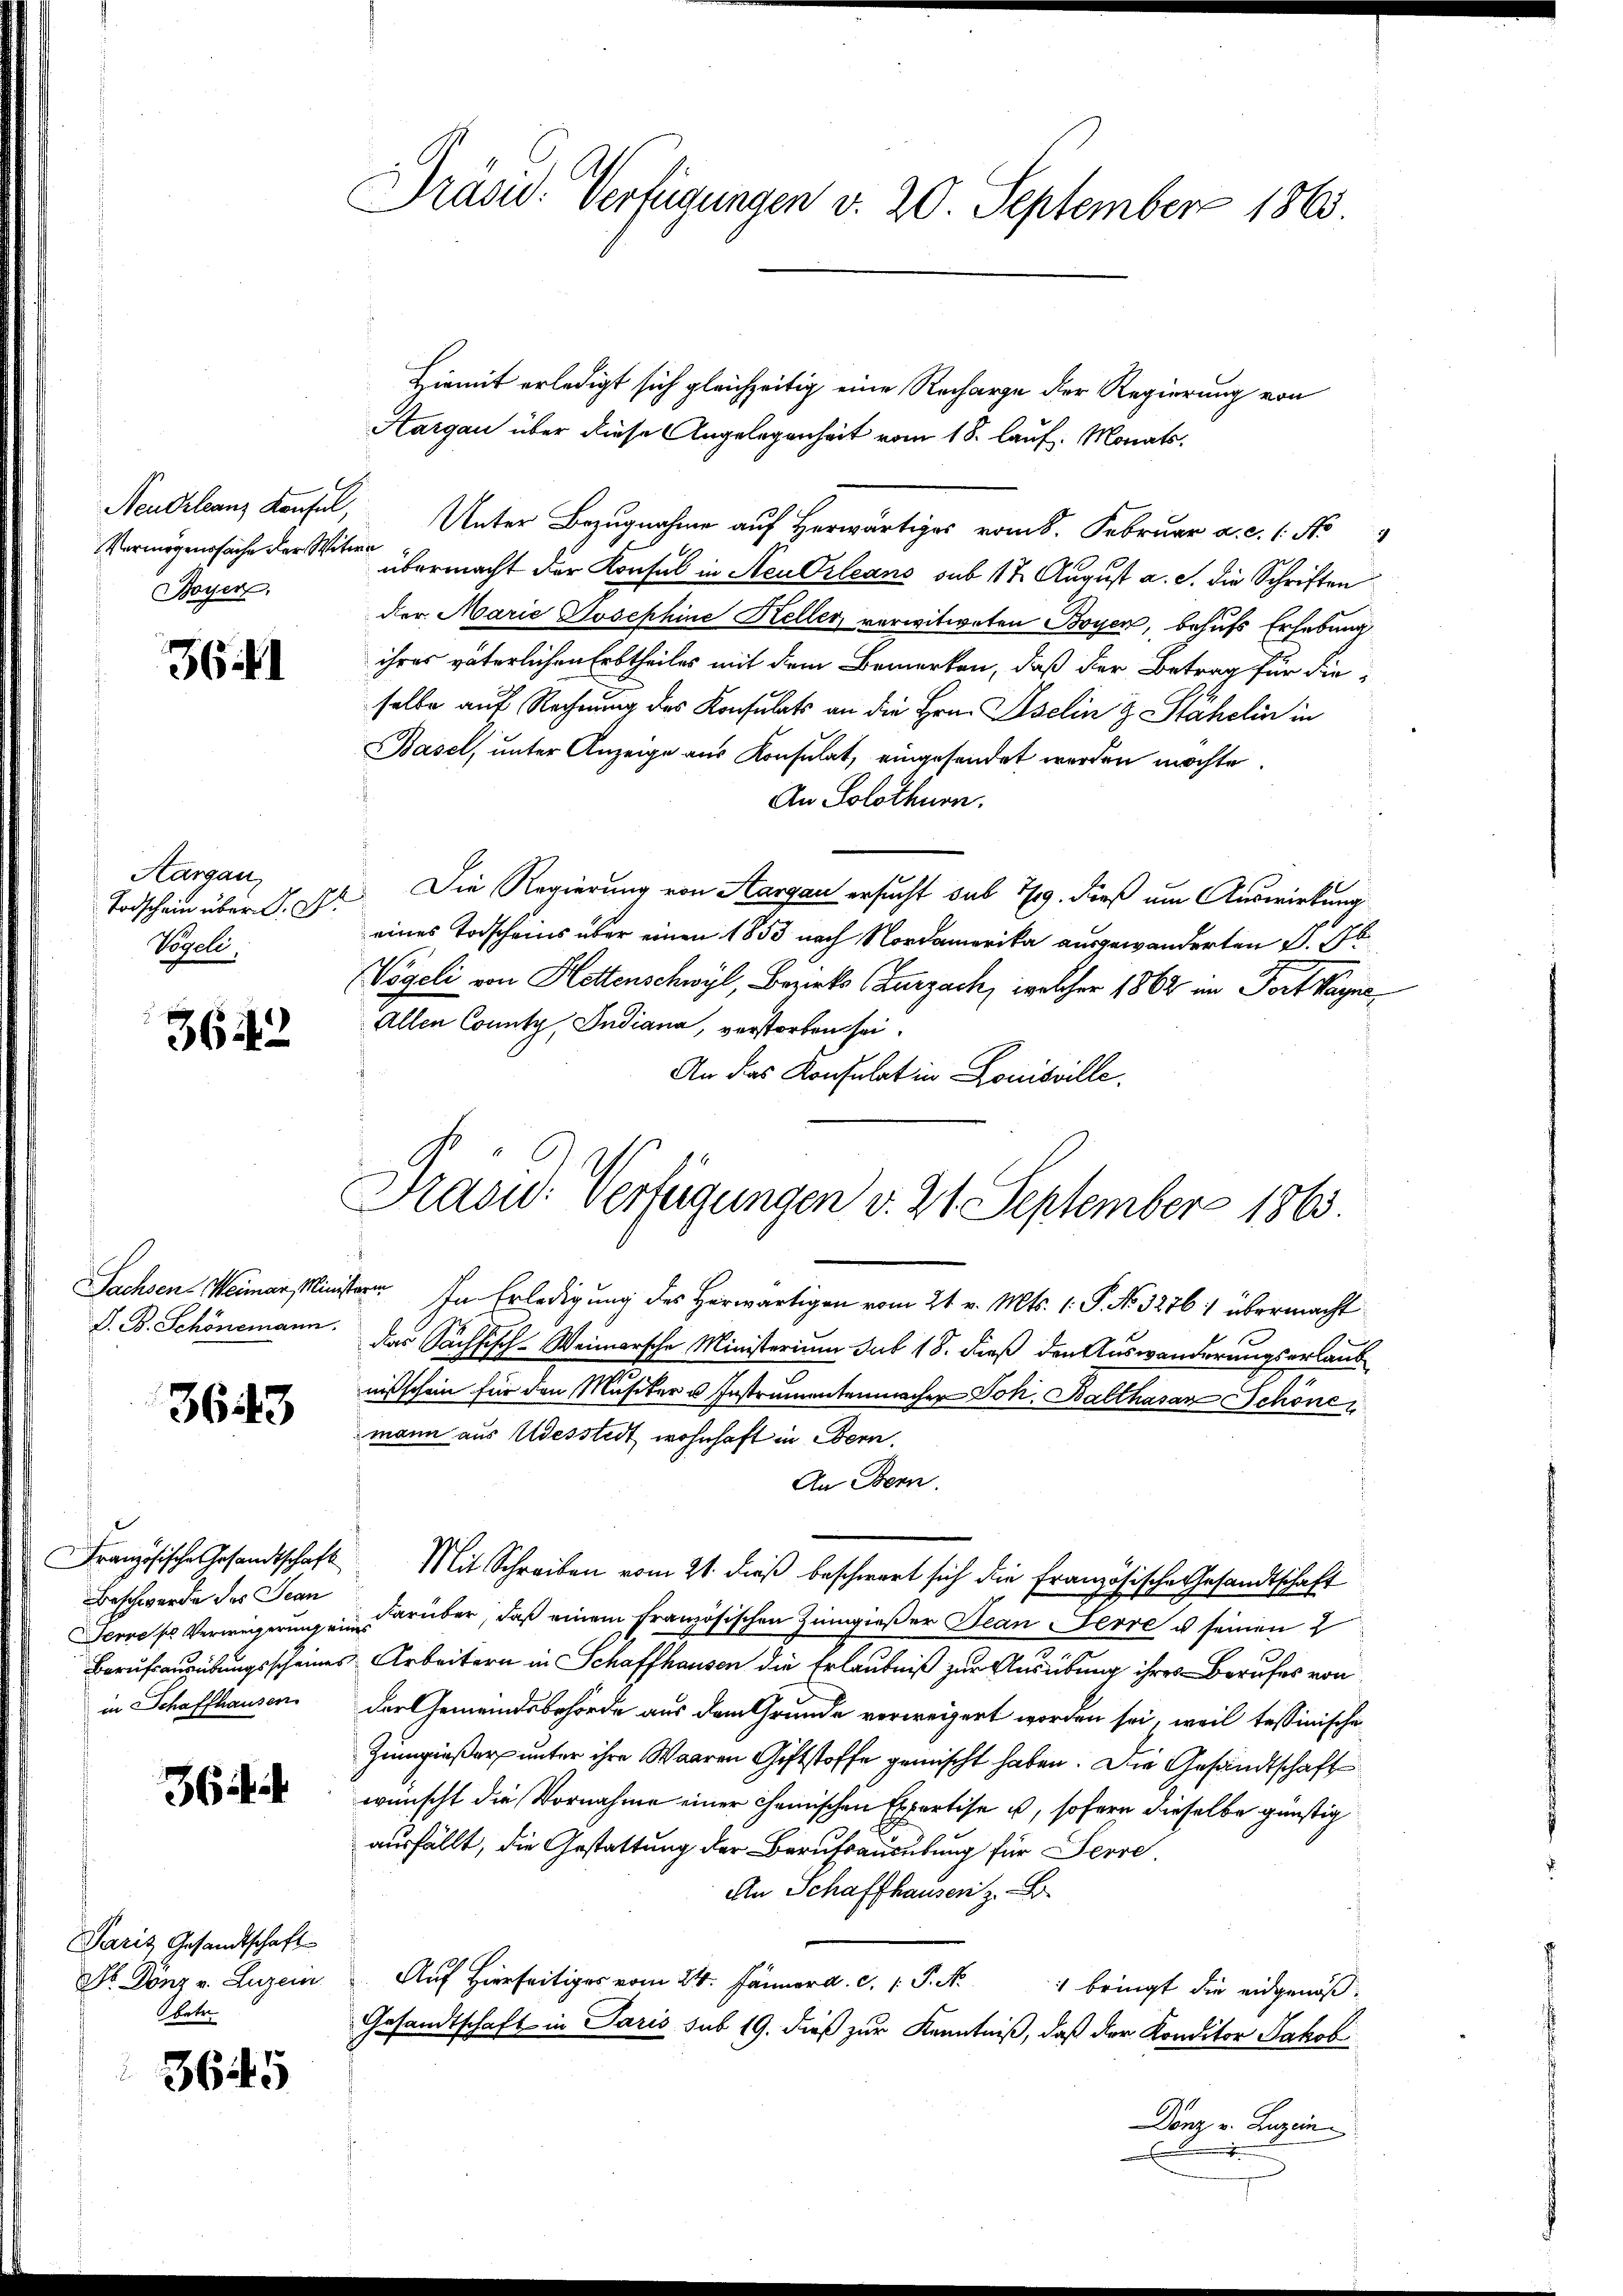
Vermögenssache der Witwe
Boyer,

3641

Aargau,
Todschein über d. Dr.
Vogeli,

3642

Sachsen-Weimar Min
S. B. Schönemann.

3643

Französische Gesandtschaft
Beschwerde des Jean
Gernes Verwegeringe
in Schaffhausen.

36

Paris Gesandtschaft
Dr. Dönz v. Luzern
betr.

3645

Präsid. Verfügungen v. 20. September 1865.

Hiemit erledigt sich gleichzeitig eine Recharge der Regierung von
Aargau über diese Angelegenheit vom 18. lauf. Monats¬
Neubilanz Konfel, Unter Bezugnahme auf Herwärtiges vom 8. Februar a. c. 1. No 9
übermacht der Konsul in Neu Orleans sub 11 t August a. c. die Schriften
der Marie Josephine Keller, verwitweten Boyen, behufs Erhebung
ihres väterlichen Erbtheiles mit dem Bemerken, daß der Betrag für die
selbe auf Rechnung des Konsulats an die Hrn. Iselin & Stähelin in
Basel, unter Anzeige aus Konsulat, eingesendet worden möchte.
An Solothurn.
Die Regierung von Aargau ersucht sub 7/9. dieß um Auswirkung
eines Todscheins über einen 1853 nach Nordamerika ausgewanderten v. J
Vögeli von Hottenschwyl, Bezirks Zurzach, welcher 1862 im Fortkayne
Allen County, Indiana, verstorben sei.
An das Konsulat in Louisville.
Ver. In Erledigung des Herwärtigen vom 21. v. Mts. 1. P. No. 32761 übermacht
das Sachsisch-Weimarsche Ministerium sub 18. dieß den Auswanderungserlaub
nißschein für den Musiker u Instrumentenmacher Joh. Balthasar Schöne
mann aus Udesstedt wohnhaft in Bern.
An Bern.
Mit Schreiben vom 21. dieß beschwert sich die Französische Gesandtschaft
darüber, daß einem französischen Zumgießer Jean Ferre u seinen 2
Berufsausübungsscheines Arbeitern in Schaffhausen die Erlaubniß zur Ausübung ihres Berufes von
der Gemeindsbehörde aus dem Grunde verweigert worden sei, weil tessinische
Zumgießer unter ihre Waaren Giftstoffe gemischt haben. Die Gesandtschaft
wünscht die Vornahme einer chemischen Expertise u, sofern dieselbe günstig
ausfällt, die Gestattung der Berufsausübung für Ferre
An Schaffhausen z. B.
Auf Hierseitiges vom 24. Jänner a. c. 1. P. M.
 bringt die eidgenöß
Gesandtschaft in Paris sub 19. dieß zur Kenntniß, daß der Konditor Jakob
Donz v. Luzin

Präsid. Verfügungen v. 21. September 1863.